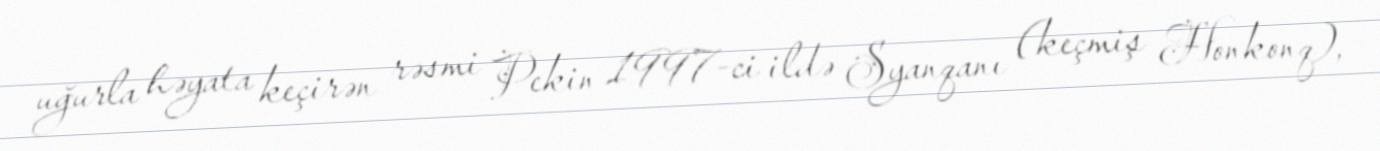
uğurla həyata keçirən rəsmi Pekin 1997-ci ildə Syanqanı (keçmiş Honkonq),